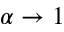
\alpha \rightarrow 1